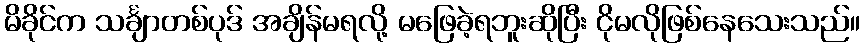
မိခိုင်က သင်္ချာတစ်ပုဒ် အချိန်မရလို့ မဖြေခဲ့ရဘူးဆိုပြီး ငိုမလိုဖြစ်နေသေးသည်။